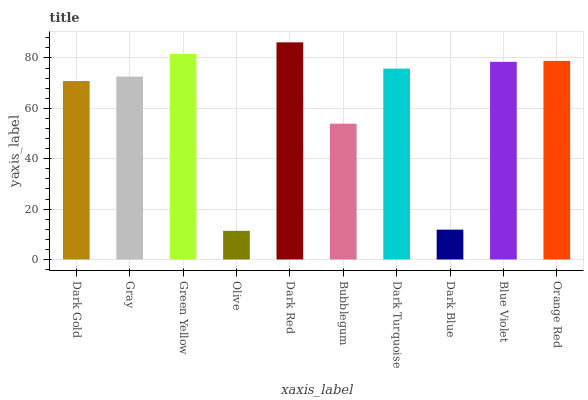
| xaxis_label | bars |
 | --- | --- |
 | Dark Gold | 70.8 |
 | Gray | 72.6 |
 | Green Yellow | 81.6 |
 | Olive | 11.4 |
 | Dark Red | 86.2 |
 | Bubblegum | 53.9 |
 | Dark Turquoise | 75.8 |
 | Dark Blue | 11.8 |
 | Blue Violet | 78.5 |
 | Orange Red | 78.8 |